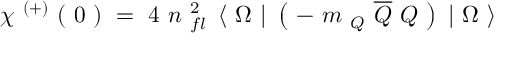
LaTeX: \begin{array} { l } { { \chi ^ { \ ( + ) } \ ( \ 0 \ ) \ = \ 4 \ n _ { \ f l } ^ { \ 2 } \ \left\langle \ \Omega \ \right| \ \left( \ - \ m _ { \ Q } \ \overline { { { Q } } } \ Q \ \right) \ \left| \ \Omega \ \right\rangle } } \end{array}